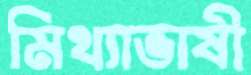
মিথ্যাভাষী